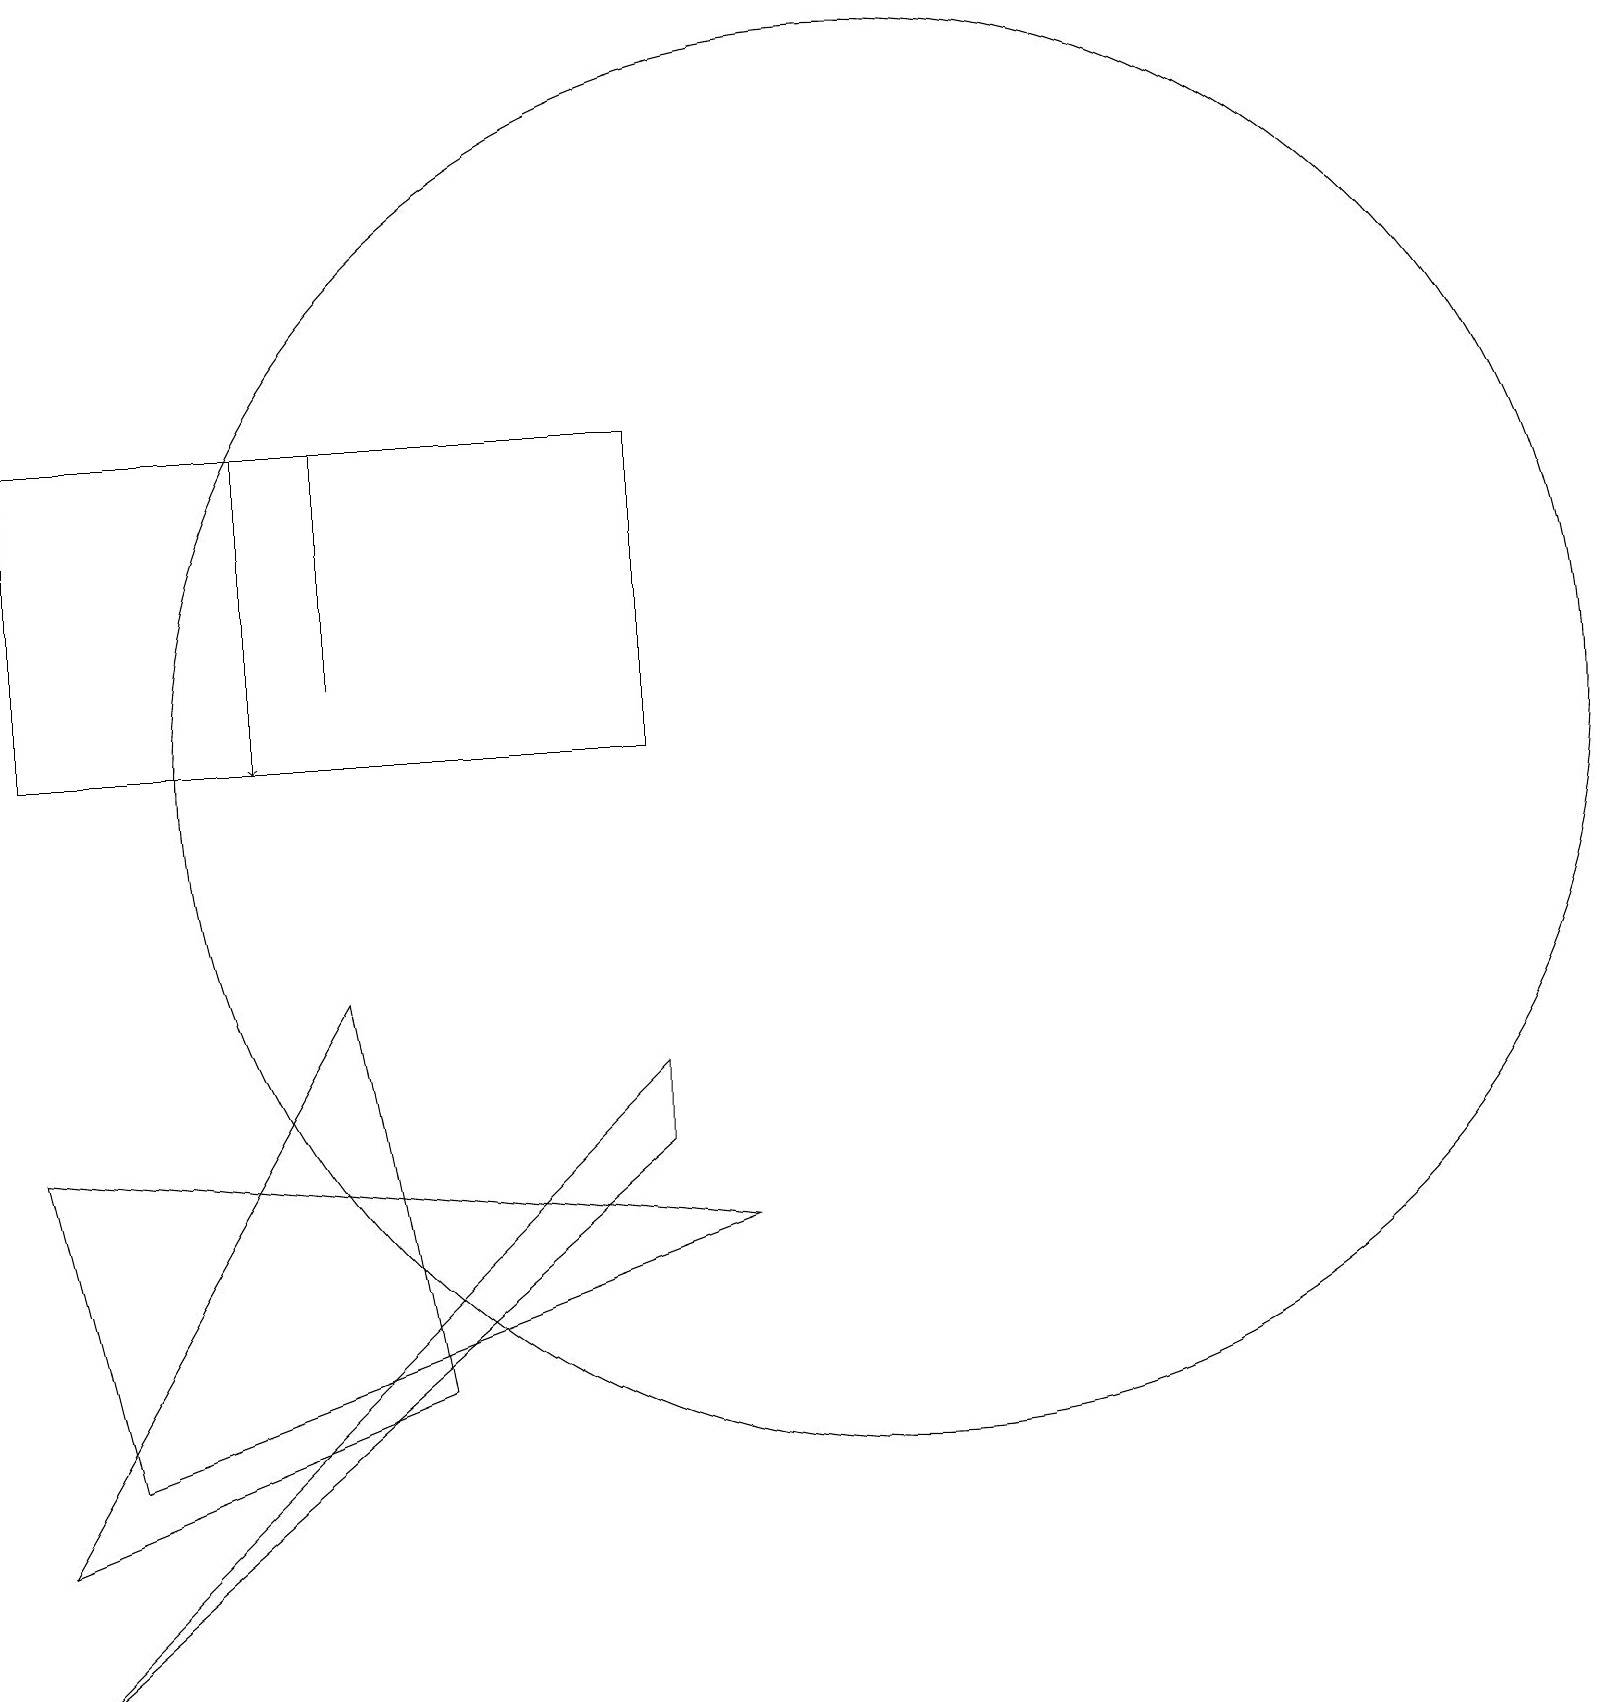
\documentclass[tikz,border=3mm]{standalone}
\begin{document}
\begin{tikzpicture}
\draw (4,13) rectangle (4,16);
\draw (4,9) -- (0,2) -- (5,4) -- cycle;
\draw (1,3) -- (9,6) -- (0,7) -- cycle;
\draw (11,12) circle (9);
\draw[->] (3,16) -- (3,12);
\draw (8,8) -- (8,7) -- (0,0) -- cycle;
\draw (0,16) rectangle (8,12);
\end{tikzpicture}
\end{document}